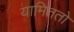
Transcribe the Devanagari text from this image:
यामिततो